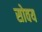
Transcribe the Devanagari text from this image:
सोवय